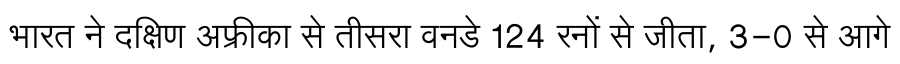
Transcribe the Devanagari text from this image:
भारत ने दक्षिण अफ्रीका से तीसरा वनडे 124 रनों से जीता, 3-0 से आगे